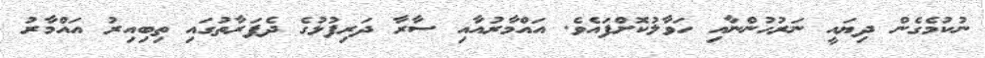
ނުކުމެގެން ދިޔައީ ނަރުހުންނާއި ހަވާލުކޮށްފައެވެ. އައްމާރުއާއި ސާރާ ދަރިފުޅުގެ ދެފަރާތުގައި ތިބިއިރު އައްމާރު